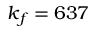
k _ { f } = 6 3 7